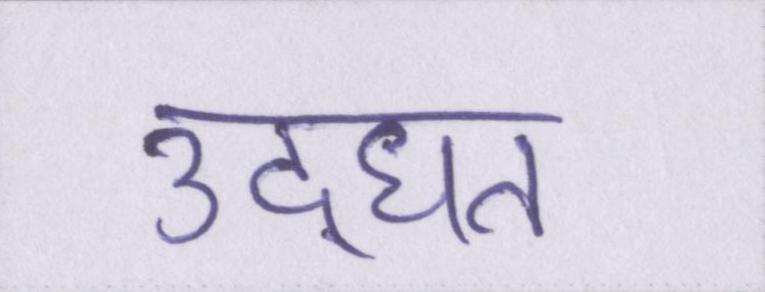
उद्धृत